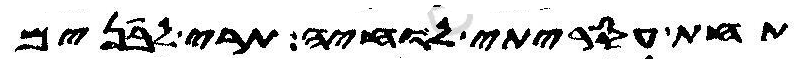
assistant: תחת עסריתי לוחיה תרי לבנים